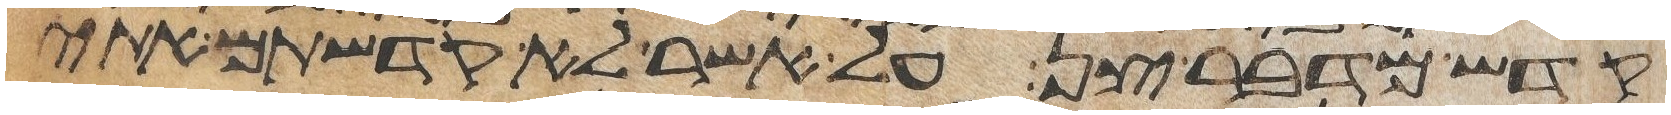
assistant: קדש מדבר צן על אשר לא קדשתם אתי